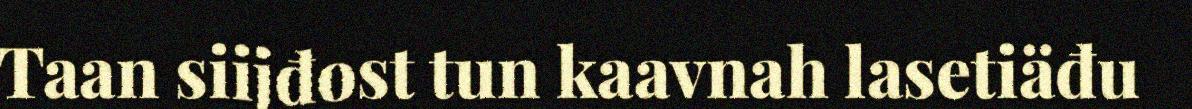
Taan siijđost tun kaavnah lasetiäđu